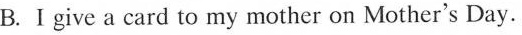
B.Igve a card to my mother on Mother's Day.